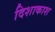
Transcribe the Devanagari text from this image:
दिशाकाश